Annual report on the working of the lock hospitals in the Central Provinces
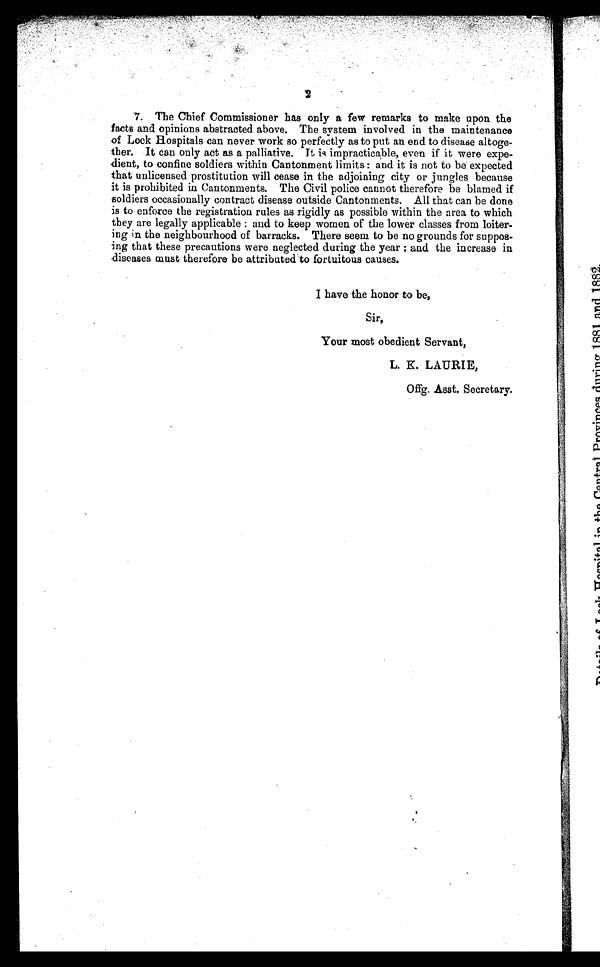
2
7. The Chief Commissioner has only a few remarks to make upon the
facts and opinions abstracted above. The system involved in the maintenance
of Lock Hospitals can never work so perfectly as to put an end to disease altoge-
ther. It can only act as a palliative. It is impracticable, even if it were expe-
dient, to confine soldiers within Cantonment limits: and it is not to be . expected
that unlicensed prostitution will cease in the adjoining city or jungles because
it is prohibited in Cantonments. The Civil police cannot therefore be blamed if
soldiers occasionally contract disease outside Cantonments. All that can be done
is to enforce the registration rules as rigidly as possible within the area to which
they are legally applicable : and to keep women of the lower classes from loiter
ing in the neighbourhood of barracks. There seem to be no grounds for suppos
ing that these precautions were neglected during the year : and the increase in
diseases must therefore be attributed to fortuitous causes.
I have the honor to be,
Sir,
Your most obedient Servant,
L. K. LAURIE,
Offg. Asst. Secretary.